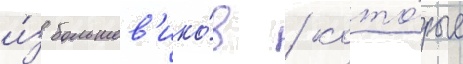
и́з большев'ико́в / кото́рые